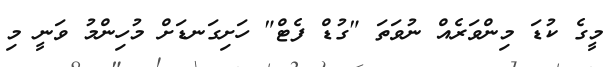
މީގެ ކުޑަ މިންވަރެއް ނުވަތަ "ގުޑް ފެޓް" ހަށިގަނޑަށް މުހިންމު ވަނީ މި